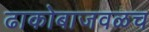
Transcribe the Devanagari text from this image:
ढाकोबाजवळच